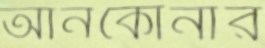
আনকোনার